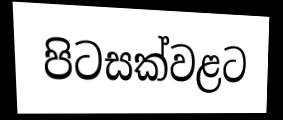
පිටසක්වළට